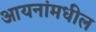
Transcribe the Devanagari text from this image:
आयनांमधील